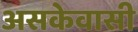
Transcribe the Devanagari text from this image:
असकेवासी